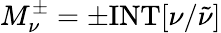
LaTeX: M_{\nu}^{\pm}=\pm\mathrm{INT}[\nu/\tilde{\nu}]